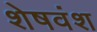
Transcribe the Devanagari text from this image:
शेषवंश